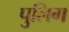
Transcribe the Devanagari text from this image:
पुलिग